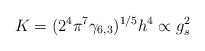
\begin{align*}K =(2^4 \pi^7 \gamma_{6,3} )^{1/5} h^{4} \propto g_s^2\end{align*}